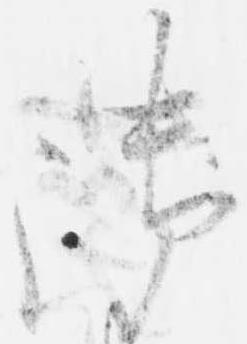
御